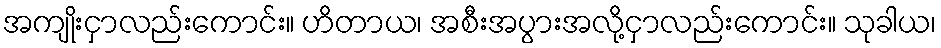
အကျိုးငှာလည်းကောင်း။ ဟိတာယ၊ အစီးအပွားအလို့ငှာလည်းကောင်း။ သုခါယ၊